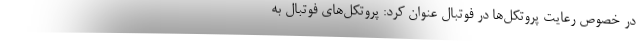
در خصوص رعایت پروتکل‌ها در فوتبال عنوان کرد: پروتکل‌های فوتبال به